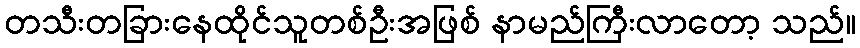
တသီးတခြားနေထိုင်သူတစ်ဦးအဖြစ် နာမည်ကြီးလာတော့ သည်။